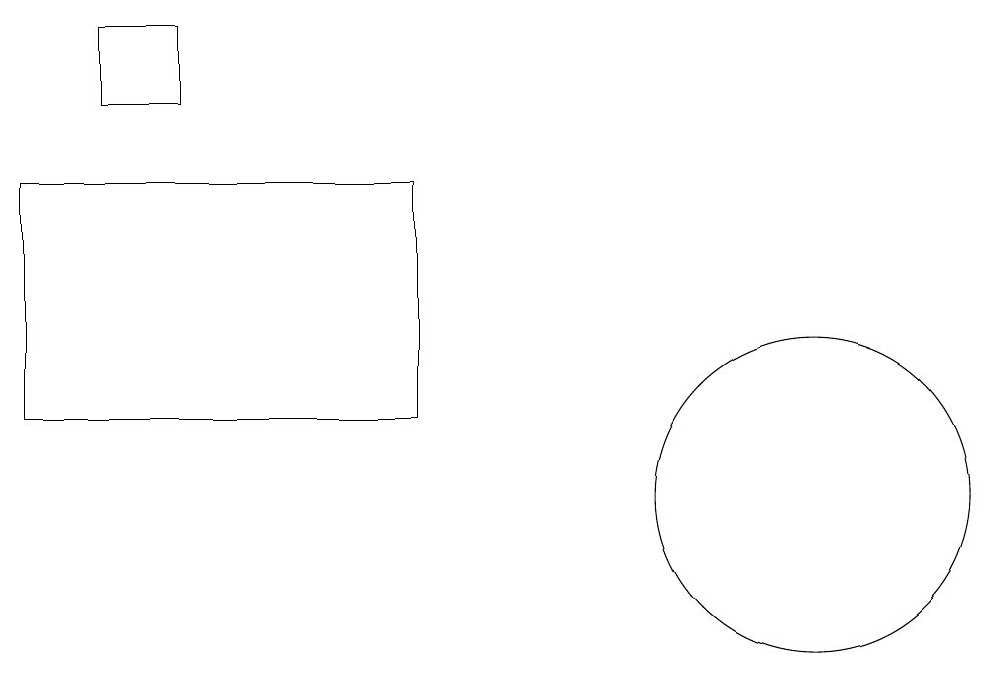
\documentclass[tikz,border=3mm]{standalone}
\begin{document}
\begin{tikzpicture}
\draw (0,15) rectangle (5,12);
\draw (10,11) circle (2);
\draw (1,16) rectangle (2,17);
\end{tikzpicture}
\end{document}